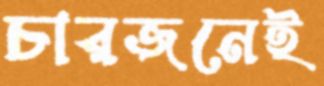
চারজনেই